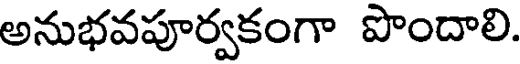
అనుభవపూర్వకంగా పొందాలి.